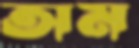
অম